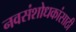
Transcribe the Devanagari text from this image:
नवसंशोधकांसाठी